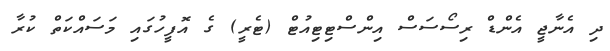
ދި އެނާޖީ އެންޑް ރިސޯސަސް އިންސްޓިޓިއުޓް (ޓެރީ) ގެ އޮފީހުގައި މަސައްކަތް ކުރާ